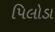
પિલોડા